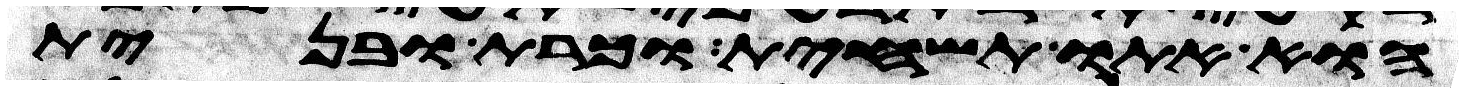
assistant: הוא אתו תשחית וכרת ובנית